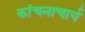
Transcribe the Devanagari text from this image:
कांचनाचार्य